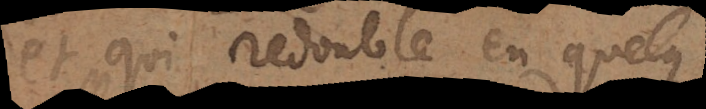
et qui redouble en quelque